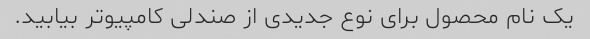
یک نام محصول برای نوع جدیدی از صندلی کامپیوتر بیابید.